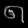
Digit: ၈